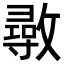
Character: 𢿼